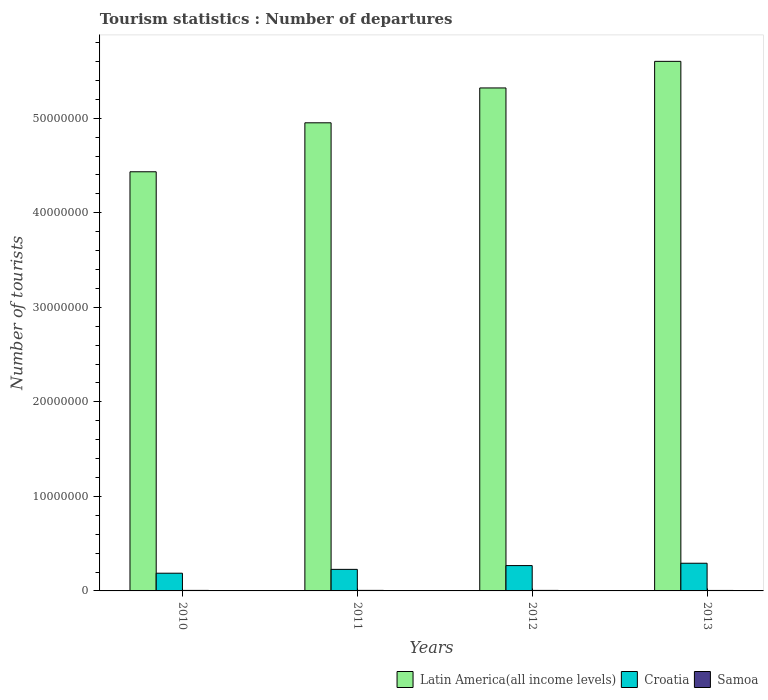
| Years | Latin America(all income levels) | Croatia | Samoa |
 | --- | --- | --- | --- |
 | 2010 | 4.43e+07 | 1.87e+06 | 5.6e+04 |
 | 2011 | 4.95e+07 | 2.28e+06 | 5.7e+04 |
 | 2012 | 5.32e+07 | 2.68e+06 | 5.6e+04 |
 | 2013 | 5.6e+07 | 2.93e+06 | 5.1e+04 |